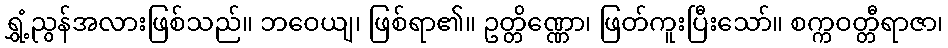
ရွှံ့ညွန်အလားဖြစ်သည်။ ဘဝေယျ၊ ဖြစ်ရာ၏။ ဥတ္တိဏ္ဏော၊ ဖြတ်ကူးပြီးသော်။ စက္ကဝတ္တီရာဇာ၊